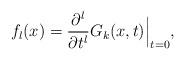
LaTeX: \begin{align*}f_l(x) = \frac{\partial^l}{\partial t^l} G_k(x,t) \Big|_{t=0},\end{align*}